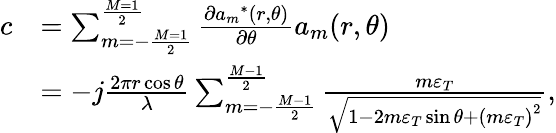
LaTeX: \begin{array}{rl}{c}&{=\sum_{m=-\frac{{M=1}}{2}}^{\frac{{M=1}}{2}}{\frac{{\partial{a_{m}}^{*}(r,\theta)}}{{\partial\theta}}{a_{m}}(r,\theta)}}\\ &{=-j\frac{{2\pi r\cos\theta}}{\lambda}\sum_{m=-\frac{{M-1}}{2}}^{\frac{{M-1}}{2}}{\frac{{m{\varepsilon_{T}}}}{{\sqrt{1-2m{\varepsilon_{T}}\sin\theta+{{(m{\varepsilon_{T}})}^{2}}}}}},}\end{array}